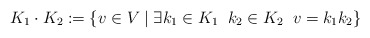
\begin{align*}K_1 \cdot K_2 := \{v \in V \mid \exists k_1 \in K_1 \; \; k_2 \in K_2\;\; v = k_1k_2\}\end{align*}